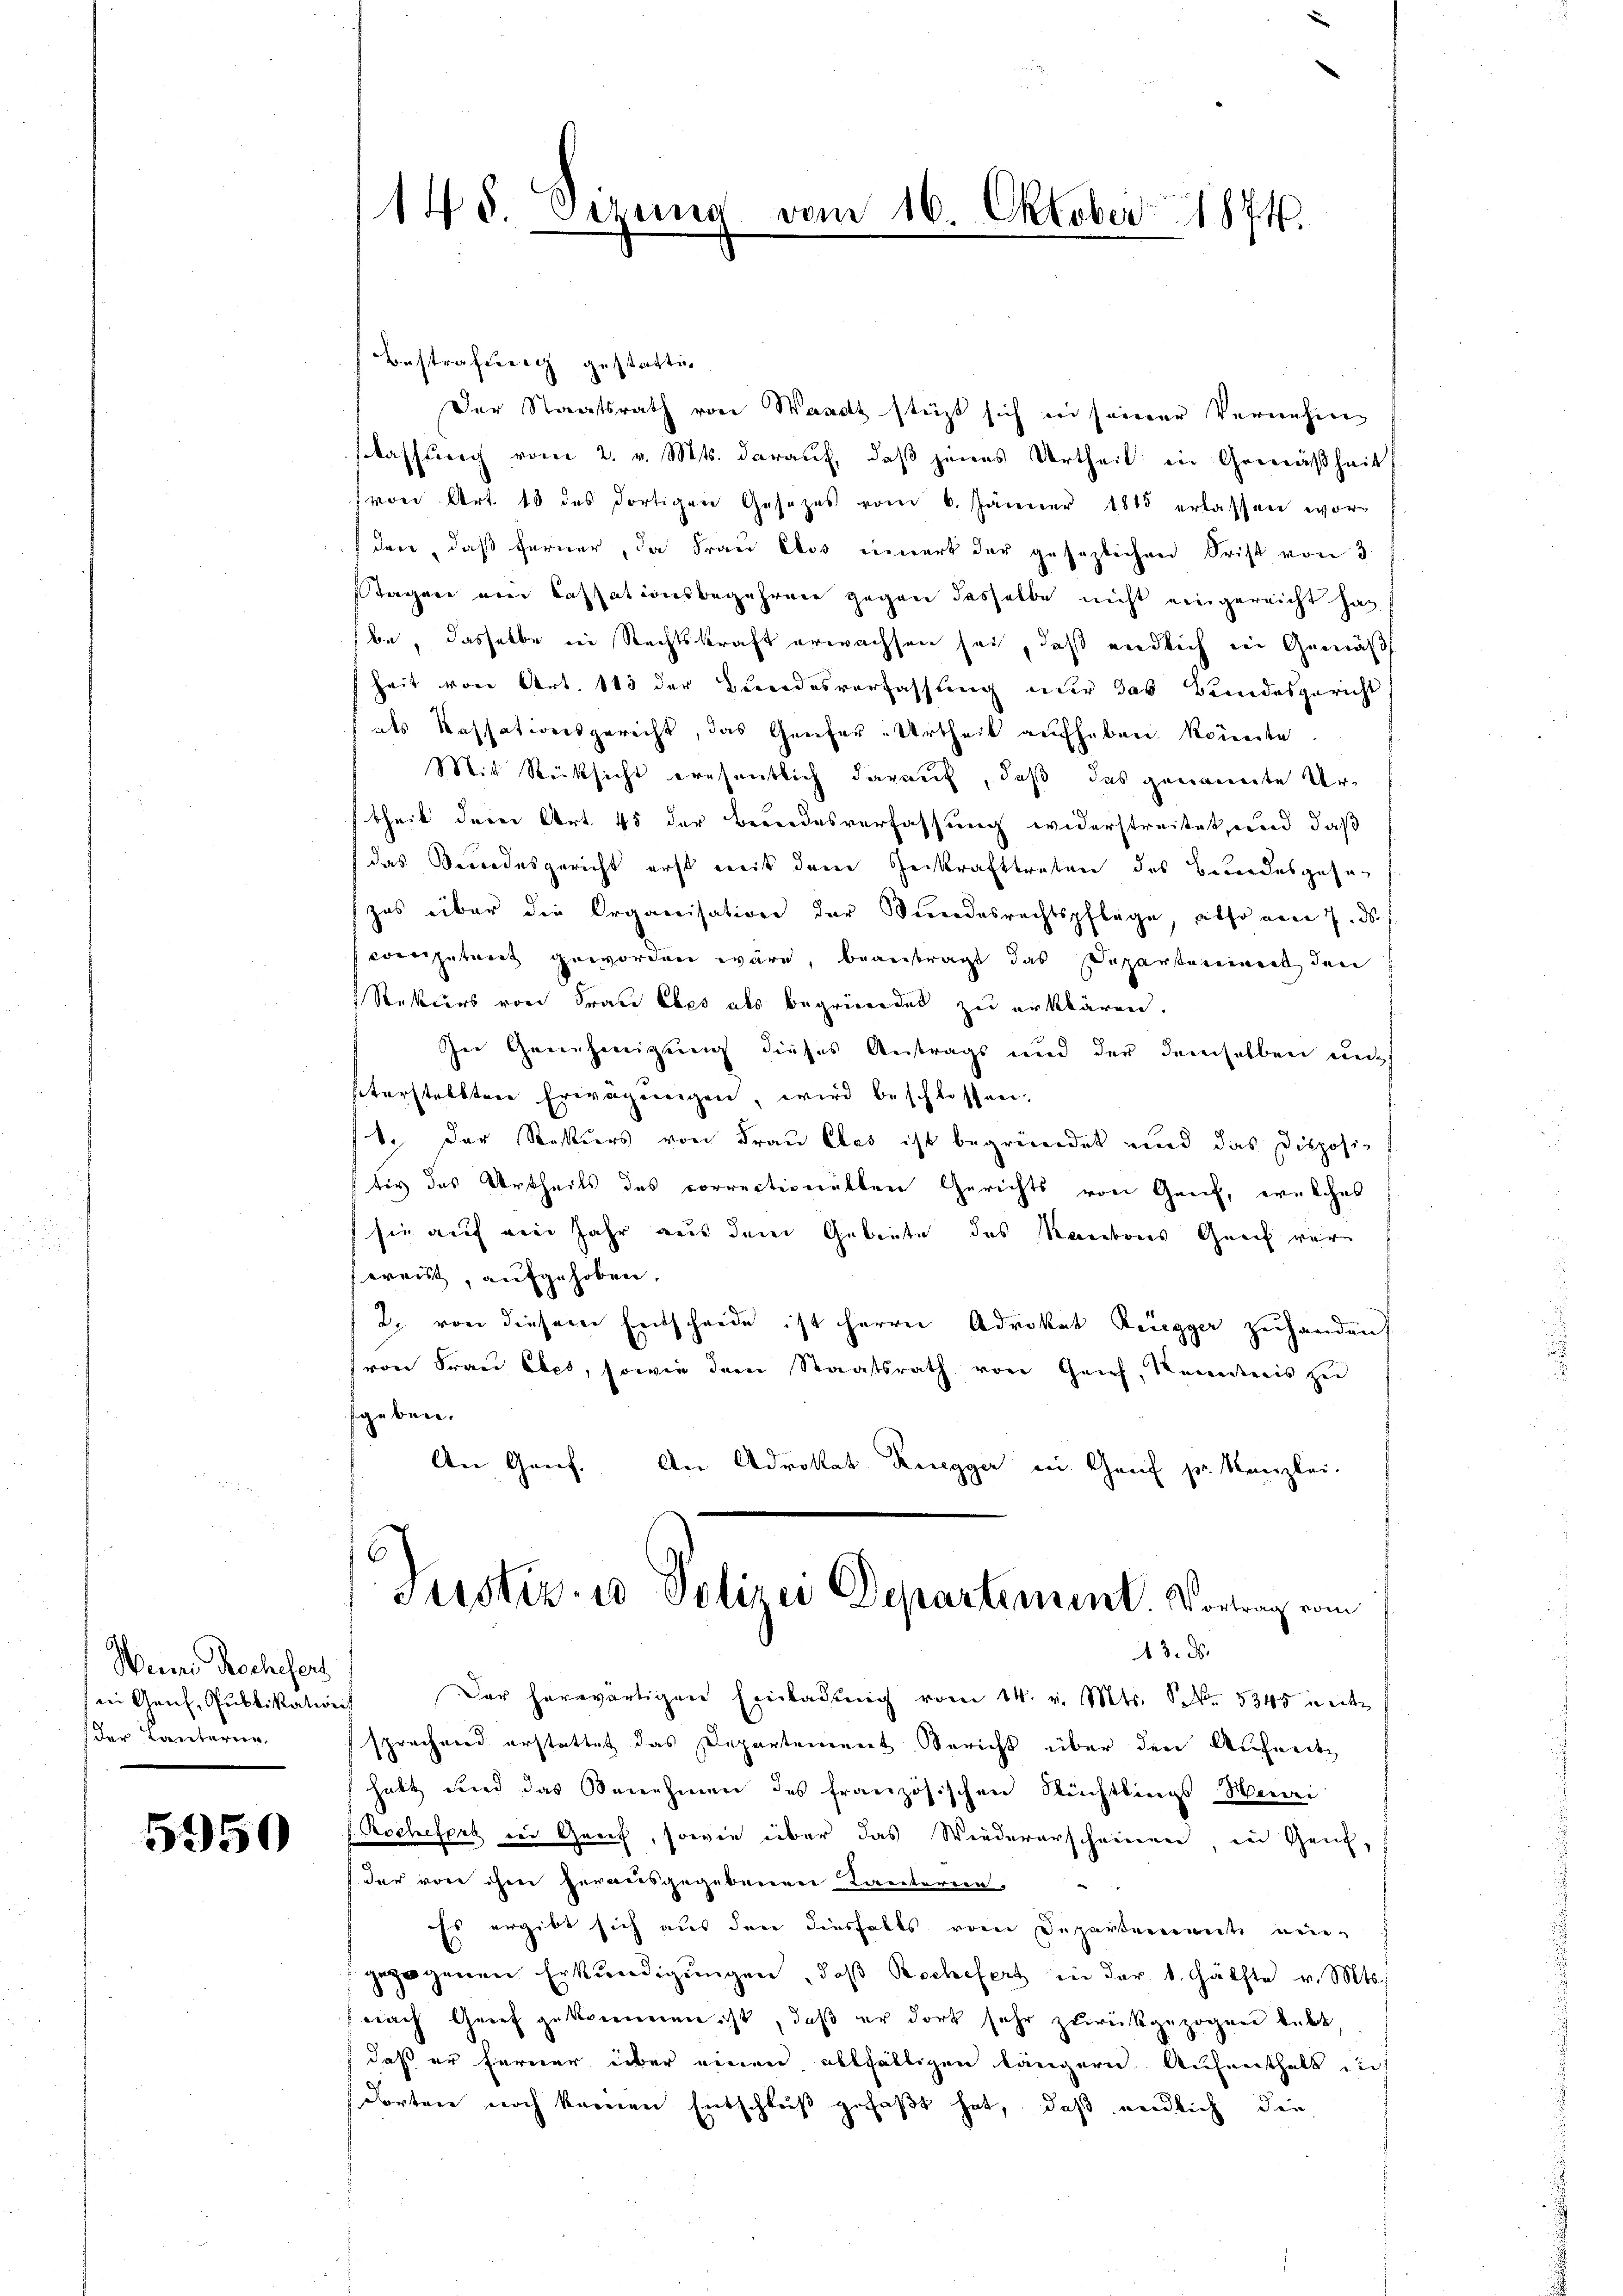
Wenn Rochifers
i Genf, Publikation
der Tanterien.

5950

145. Sezung vom 16. Oktober 1871

Bestrafung gestättig
Der Staatsrath von Waadt stüzt sich in seiner Vernehmisclassung vom 2. v. Mts. darauf, daß jenes Urtheil in Gemäßheit,
(von Art. 13 des dortigen Gesetzes vom 6. Jänner 1815 erlassen wor-
den, daß ferner, da Fraŭ Elos innert der gesezlichen Frist von 3
Tagen ein Cassationsbegehren gegen dasselbe nicht eingereicht hat,
be, dasselbe in Rechtskraft erwachsen sei, daß endlich der Gemäß
heit von Art. 113 der Bundesverfassung nur das Bundesgericht
als Kassationsgericht, das Genfer-Urtheil aufheben könnte
Mit Rücksicht ernsentlich darauf, daß das genannte Urtheil dere Art. 45 der Beendesverfassung widerstreitet, und daß
das Bundesgericht erst mit dem Zerkrafttreten des Besondesgehen
zes über die Organisation der Verrodesrechtspflege, also von 7. ds.
computant geworden wäre, beantragt das Departeniment den
Restiers von Frau Ebes als begründet zu erklären.
In Genehmigung dieses Antrags und der demselben und
aterstellten Erwägungen, wird beschlossen:
1. Der Rekurs von Frau Clas ist begründet und das Disposi-
tiv des Urtheils des correctionalten Gerichts von Genf, welches
sie auf ein Jahr aus dem Gebiete des Kantons Graf wir
weist, aufgehoben.
2. von diesem Entscheide ist herrn Advokat Bregger zuhanden
von Frau Ebet, sowie der Staatsrath von Geich, Kenntnis zu
sgeben.
An Genf. An Advokat Ruegger in Genf pr. Kanzlei-
Justiz- u Polizei Departement. Vortrag vom
13. ds.
Der herwärtigen Einladung vom 14. v. Mts. S. 5345 in eite
sprachend erstattet das Departement Bericht über den Aufenden
halt und das Benehmen des französischen Flüchtlings Menei
Rochefert der Greif, sowie über das Wiedererscheinen in Gene-
 der von ihm herausgegebenen Kantorien.
Es ergibt sich aus den diesfalls vom Departement nie-
gezogenen Erkŭndigŭngen, daβ Bechefert in der 1. hälfte v. Mts.
s nach Grief gekommen ist, daß er dort sehr zurückgezogene lebt,
daß er ferner über einen allfältigen längern Aufenthalt in
dorten noch keinen Entschluß gefaßt hat, daß endlich die